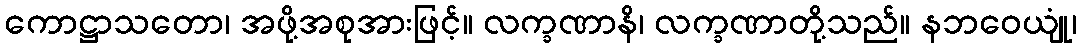
ကောဋ္ဌာသတော၊ အဖို့အစုအားဖြင့်။ လက္ခဏာနိ၊ လက္ခဏာတို့သည်။ နဘဝေယျုံ၊